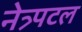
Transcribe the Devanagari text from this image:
नेत्र्पटल